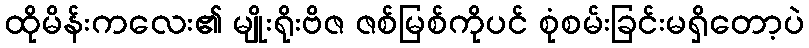
ထိုမိန်းကလေး၏ မျိုးရိုးဗိဇ ဇစ်မြစ်ကိုပင် စုံစမ်းခြင်းမရှိတော့ပဲ